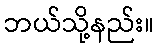
ဘယ်သို့နည်း။